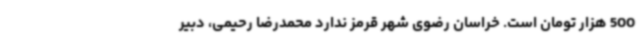
500 هزار تومان است. خراسان رضوی شهر قرمز ندارد محمدرضا رحیمی، دبیر